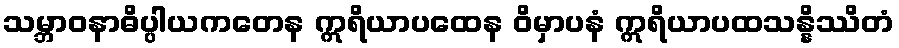
သမ္ဘာဝနာဓိပ္ပါယကတေန ဣရိယာပထေန ဝိမှာပနံ ဣရိယာပထသန္နိဿိတံ